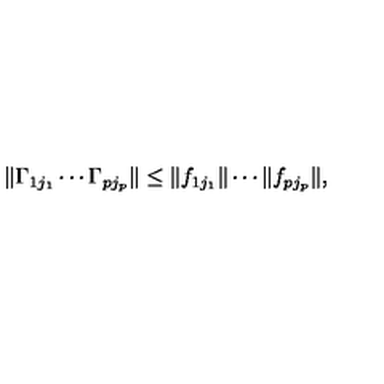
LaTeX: \| \Gamma _ { 1 j _ { 1 } } \cdots \Gamma _ { p j _ { p } } \| \le \| f _ { 1 j _ { 1 } } \| \cdots \| f _ { p j _ { p } } \| ,